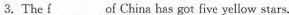
3.The \underline{f}___ of China has got five yellow stars.